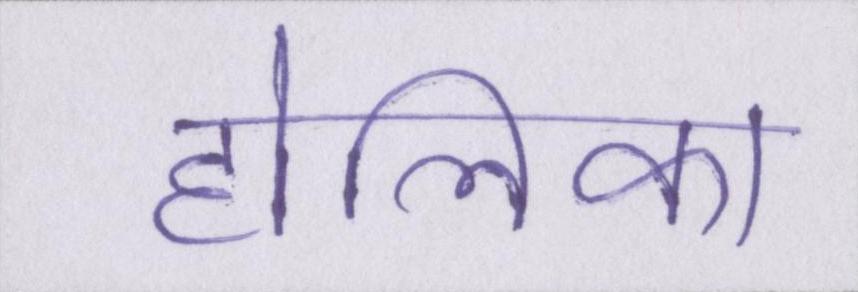
होलिका